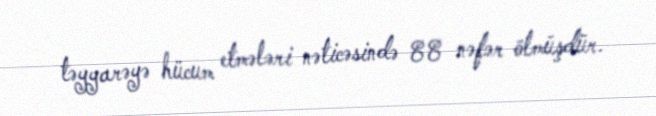
təyyarəyə hücum etmələri nəticəsində 88 nəfər ölmüşdür.